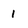
Character: 1